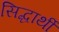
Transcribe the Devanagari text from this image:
सिद्धार्थी